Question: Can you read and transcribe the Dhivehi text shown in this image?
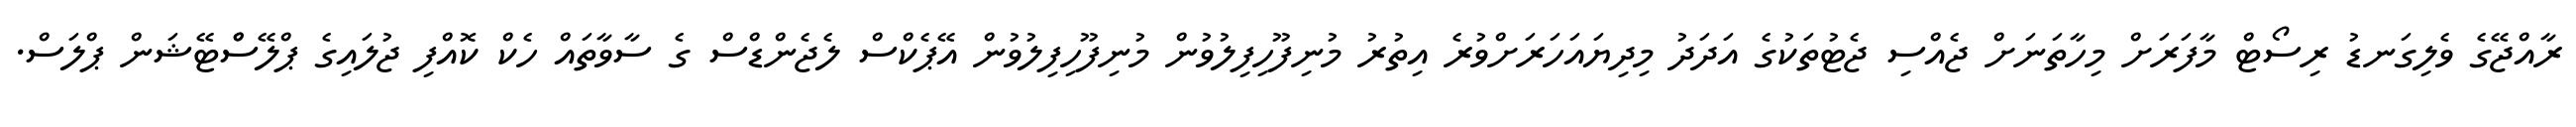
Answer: ރާއްޖޭގެ ވެލިގަނޑު ރިސޯޓް މާފަރަށް މިހާތަނަށް ޖެއްސި ޖެޓުތަކުގެ އަދަދު މިދިޔައަހަރަށްވުރެ އިތުރު މުނިފޫހިފިލުވުން މުނިފޫހިފިލުވުން އޭޕެކްސް ލެޖެންޑްސް ގެ ސާވާތައް ހެކް ކޮއްފި ޖުލައިގެ ޕްލޭސްްޓޭޝަން ޕްލަސް.